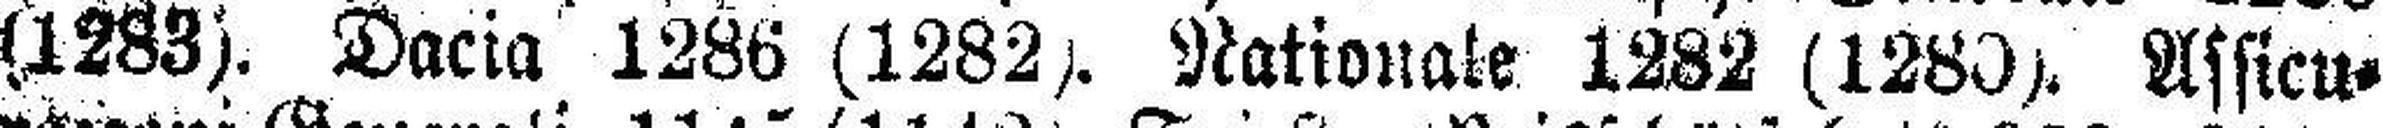
(1283). Dacia 1286 (1282). Nationale 1282 (1280). Assieu¬